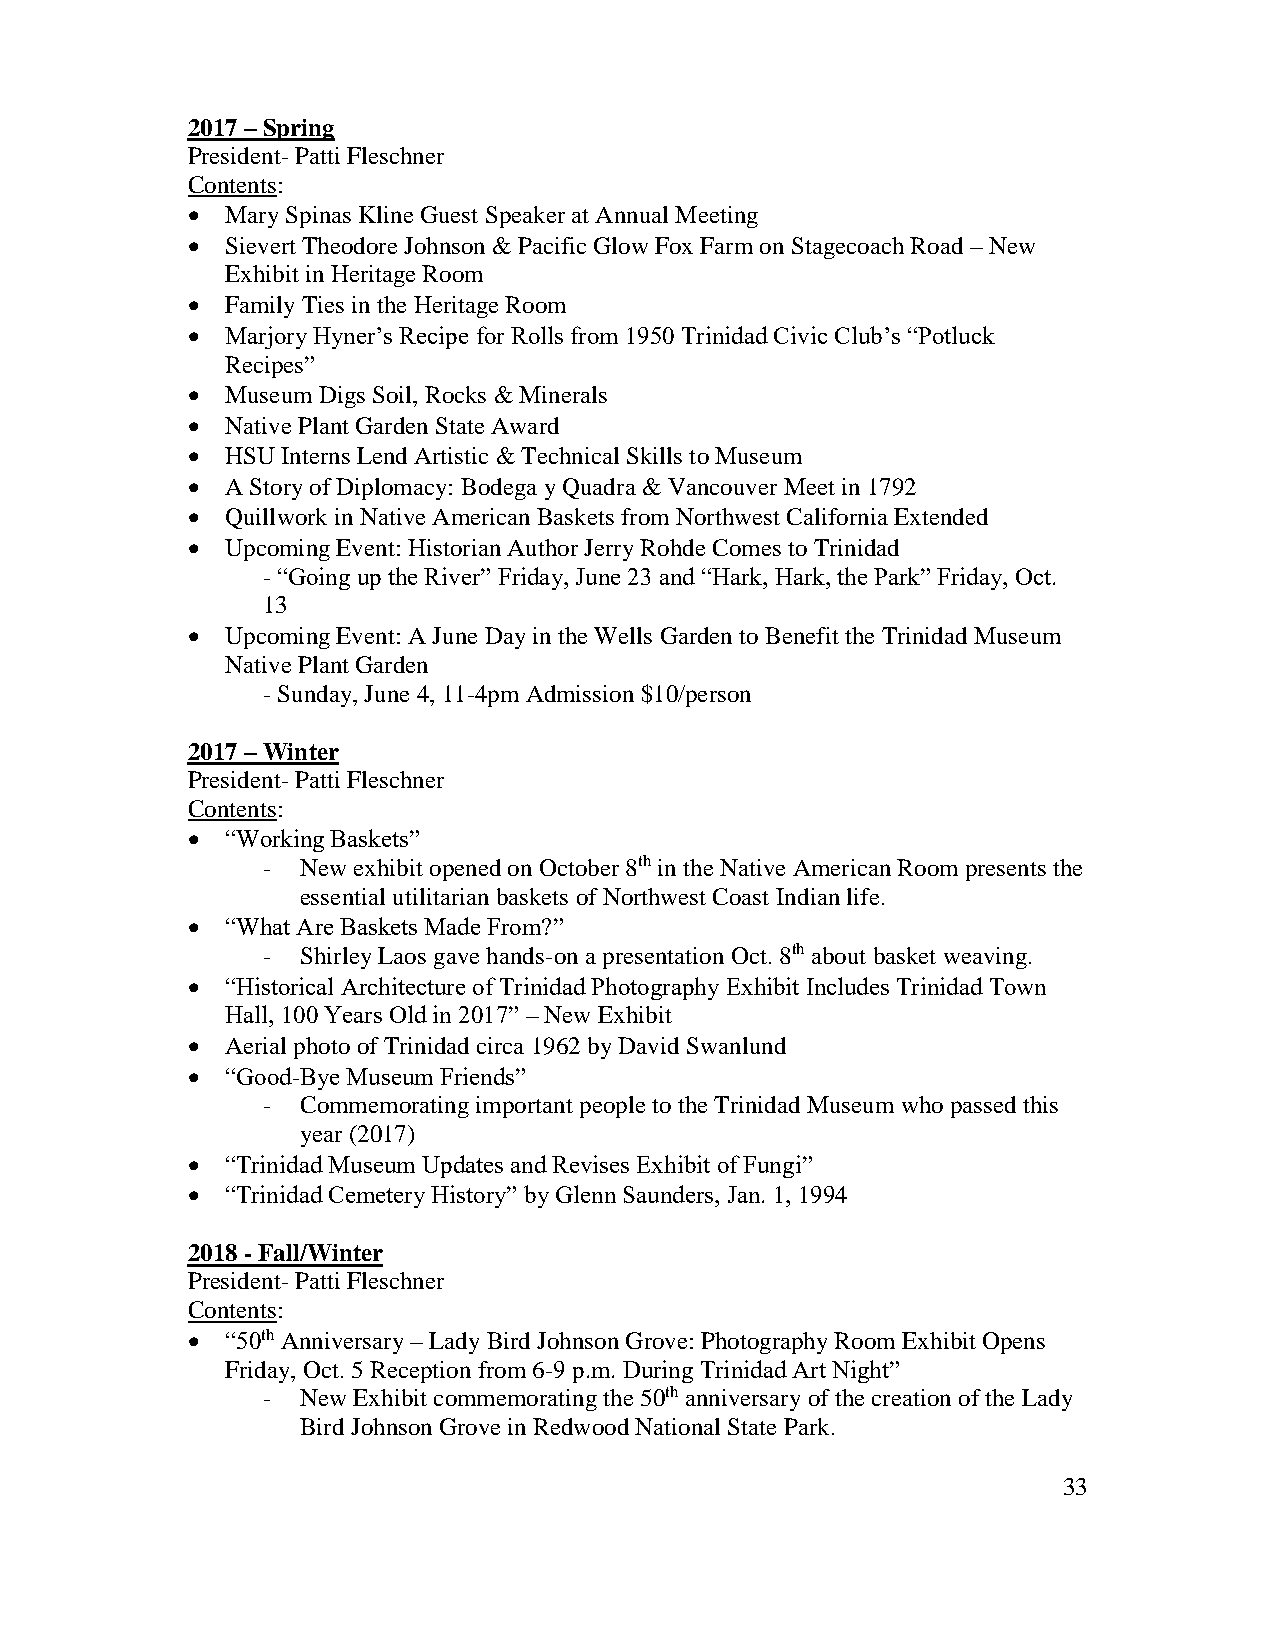
2017 – Spring
 President- Patti Fleschner
 Contents:
   Mary Spinas Kline Guest Speaker at Annual Meeting
   Sievert Theodore Johnson & Pacific Glow Fox Farm on Stagecoach Road – New
 Exhibit in Heritage Room
   Family Ties in the Heritage Room
   Marjory Hyner’s Recipe for Rolls from 1950 Trinidad Civic Club’s “Potluck
 Recipes”
   Museum Digs Soil, Rocks & Minerals
   Native Plant Garden State Award
   HSU Interns Lend Artistic & Technical Skills to Museum
   A Story of Diplomacy: Bodega y Quadra & Vancouver Meet in 1792
   Quillwork in Native American Baskets from Northwest California Extended
   Upcoming Event: Historian Author Jerry Rohde Comes to Trinidad
 - “Going up the River” Friday, June 23 and “Hark, Hark, the Park” Friday, Oct.
 13
   Upcoming Event: A June Day in the Wells Garden to Benefit the Trinidad Museum
 Native Plant Garden
 - Sunday, June 4, 11-4pm Admission $10/person
 2017 – Winter
 President- Patti Fleschner
 Contents:
   “Working Baskets”
 -  New exhibit opened on October 8th in the Native American Room presents the
 essential utilitarian baskets of Northwest Coast Indian life.
   “What Are Baskets Made From?”
 -  Shirley Laos gave hands-on a presentation Oct. 8th about basket weaving.
   “Historical Architecture of Trinidad Photography Exhibit Includes Trinidad Town
 Hall, 100 Years Old in 2017” – New Exhibit
   Aerial photo of Trinidad circa 1962 by David Swanlund
   “Good-Bye Museum Friends”
 -  Commemorating important people to the Trinidad Museum who passed this
 year (2017)
   “Trinidad Museum Updates and Revises Exhibit of Fungi”
   “Trinidad Cemetery History” by Glenn Saunders, Jan. 1, 1994
 2018 - Fall/Winter
 President- Patti Fleschner
 Contents:
   “50th Anniversary – Lady Bird Johnson Grove: Photography Room Exhibit Opens
 Friday, Oct. 5 Reception from 6-9 p.m. During Trinidad Art Night”
 -  New Exhibit commemorating the 50th anniversary of the creation of the Lady
 Bird Johnson Grove in Redwood National State Park.
 33